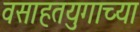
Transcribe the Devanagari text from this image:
वसाहतयुगाच्या